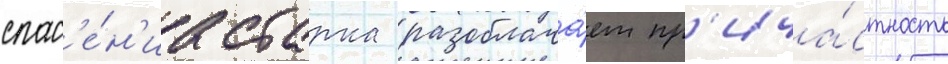
спас'е́н'иа старка разоблача́ет пр'ича́стность